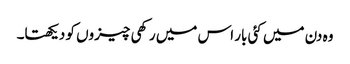
وہ دن میں کئی بار اس میں رکھی چیزوں کو دیکھتا۔